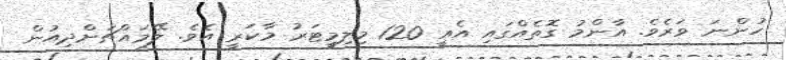
ހުންނަ ވަރެވެ. އާންމު ގޮތެއްގައި އެއީ 120 މިލިމީޓަރު މާކަރީ އެވެ. ލޭމައްޗަށްދިއުން